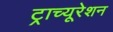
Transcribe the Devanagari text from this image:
ट्राच्यूरेशन